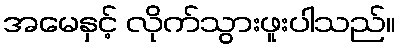
အမေနှင့် လိုက်သွားဖူးပါသည်။